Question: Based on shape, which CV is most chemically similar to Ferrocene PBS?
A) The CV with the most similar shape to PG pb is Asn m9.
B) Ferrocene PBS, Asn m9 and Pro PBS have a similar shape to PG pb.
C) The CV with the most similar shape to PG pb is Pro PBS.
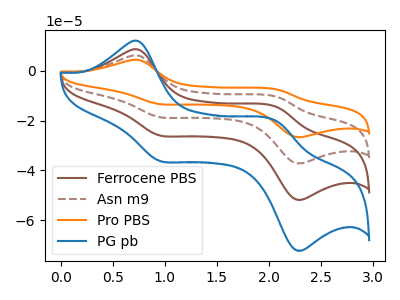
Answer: <think>The brown curve "Ferrocene PBS" has anodic peaks at (0.75V, 8.60uA) (2.10V, -14.60uA) and cathodic peaks at (0.95V, -25.95uA) (2.25V, -51.70uA). The brown dashed curve "Asn m9" has anodic peaks at (0.75V, 17.25uA) (2.10V, -29.15uA) and cathodic peaks at (0.95V, -51.90uA) (2.25V, -103.35uA). The orange curve "Pro PBS" has anodic peaks at (0.75V, 25.85uA) (2.10V, -43.75uA) and cathodic peaks at (0.95V, -77.85uA) (2.25V, -155.05uA). The blue curve "PG pb" has anodic peaks at (0.75V, 12.00uA) (2.10V, -20.35uA) and cathodic peaks at (0.95V, -36.20uA) (2.25V, -72.05uA).
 All the peaks in "Ferrocene PBS" have a peak in "Asn m9" at the same potential. All the peaks in "Ferrocene PBS" have a peak in "Pro PBS" at the same potential. All the peaks in "Ferrocene PBS" have a peak in "PG pb" at the same potential. All the peaks in "Asn m9" have a peak in "Pro PBS" at the same potential. All the peaks in "Asn m9" have a peak in "PG pb" at the same potential. All the peaks in "Pro PBS" have a peak in "PG pb" at the same potential.</think>
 <answer>B) "Ferrocene PBS", "Asn m9" and "Pro PBS" have a similar shape to "PG pb".</answer>
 <eval>B</eval>